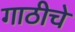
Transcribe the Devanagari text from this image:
गाठीचे